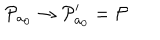
LaTeX: { \cal P } _ { a _ { 0 } } \rightarrow { \cal P } _ { a _ { 0 } } ^ { \prime } = { \cal P }